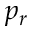
p _ { r }